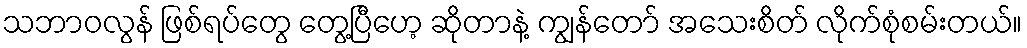
သဘာဝလွန် ဖြစ်ရပ်တွေ တွေ့ပြီဟေ့ ဆိုတာနဲ့ ကျွန်တော် အသေးစိတ် လိုက်စုံစမ်းတယ်။